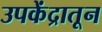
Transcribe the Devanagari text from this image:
उपकेंद्रातून